Civil Veterinary Department Bengal reports 1923-33 - 1923-1933
Year: 1923
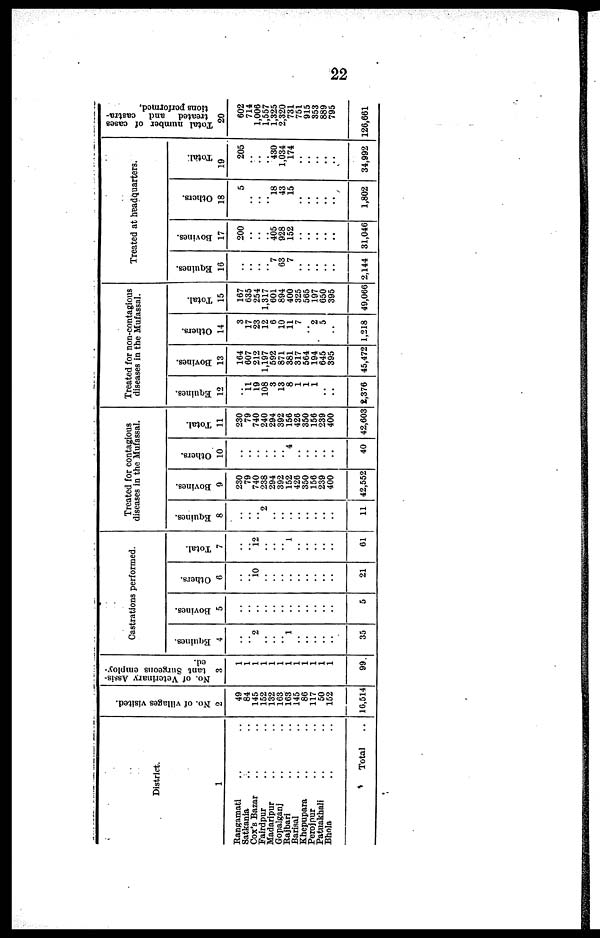
22
District.
1
Rangamati .. ..
Satkania .. ..
Cox's Bazar .. ..
Fairdpur .. ..
Madaripur .. ..
Gopalganj .. ..
Rajbari .. ..
Barisal .. ..
Khepupara .. ..
Perojpur .. ..
Patnakhali .. ..
Bhola .. ..
Total ..
No. of villages visited.
2
49
84
145
152
132
103
163
145
80
117
50
152
16,514
No. of Veterinary Assis-
tant Surgeons employ-
ed.
3
1
1
1
1
1
1
1
1
1
1
1
1
99
Castrations performed.
Equines.
4
..
.. 2
..
..
.. 1
..
..
..
..
..
35
Bovines.
5
..
..
..
..
..
..
..
..
..
..
..
..
5
Ot her s .
6
..
.. 10
..
..
..
..
..
..
..
..
..
21
Total.
7
..
.. 12
..
..
.. 1
..
..
..
..
..
61
Treated for contagious
diseases in the Mufassal.
Equi nes .
8
..
..
.. 2
..
..
..
..
..
..
..
..
11
Bovines.
9
230
79
740
238
294
392
152
420
350
156
239
400
42,552
Ot her s .
10
..
..
..
..
..
.. 4
..
..
..
..
..
40
Total.
11
230
79
740
240
294
392
156
426
350
156
239
400
42,603
Treated for non-contagious
diseases in the Mufassal.
Equines.
12
..
11
19
108
3
13
8
1
1
1
..
..
2,376
Bovines.
13
164
607
212
1,197
592
871
381
317
504
194
645
395
45,472
Others.
14
3
17
23
12
6
10
11
7
2
5
..
1,218
Total.
15
167
635
254
1,317
601
894
400
325
565
197
650
395
49,066
Treated at headquarters.
Equines.
16
..
..
..
.. 7
63
7
..
..
..
..
..
2,144
Bovi ne s .
17
200
..
..
.. 405
928
152
..
..
..
..
..
31,046
Others.
18
5
..
..
.. 18
43
15
..
..
..
..
..
1,802
Total.
19
205
..
..
.. 430
1,034
174
..
..
..
..
..
34,992
Total number of cases
treated and castra-
tions performed,
20
602
714
1,006
1,557
1,325
2,320
731
751
915
353
889
795
120,661